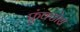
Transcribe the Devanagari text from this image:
फ्रुंक्टोस